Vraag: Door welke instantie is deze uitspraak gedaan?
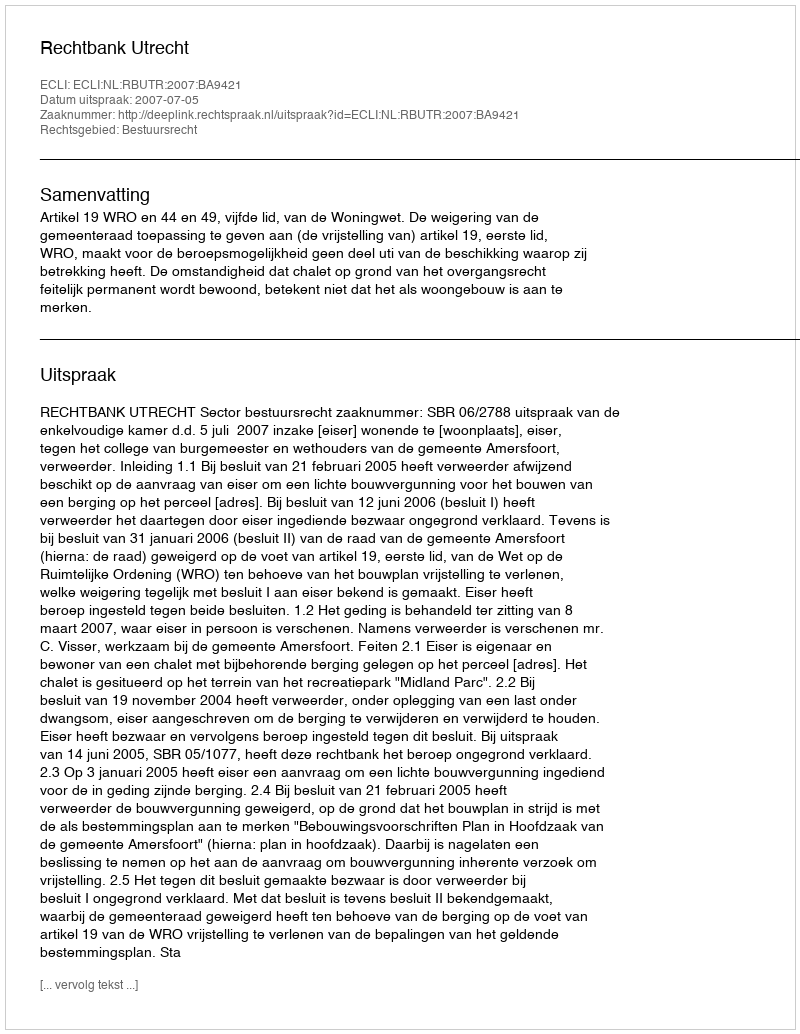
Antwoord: Rechtbank Utrecht